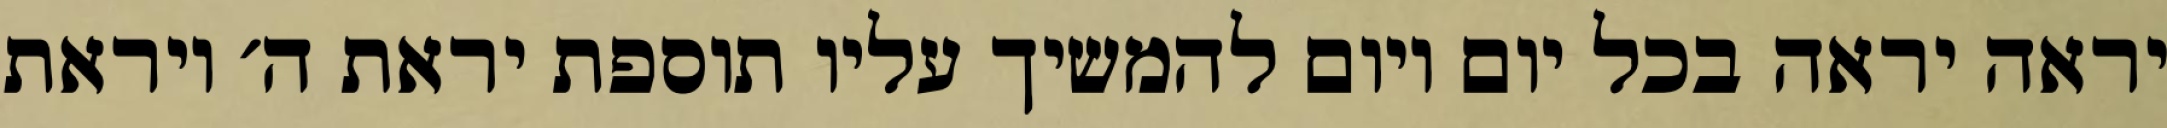
יראה יראה בכל יום ויום להמשיך עליו תוספת יראת ה׳ ויראת